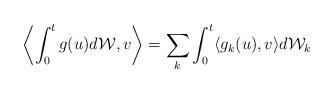
LaTeX: \begin{align*}\left \langle \int_0^t g(u)d\mathcal{W}, v \right \rangle = \sum_k \int_0^t \langle g_k(u),v \rangle d\mathcal{W}_k\end{align*}